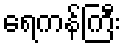
ရေကန်ကြီး